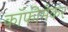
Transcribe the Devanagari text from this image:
कॉफीमेकर